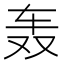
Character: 轰